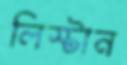
লিস্টান